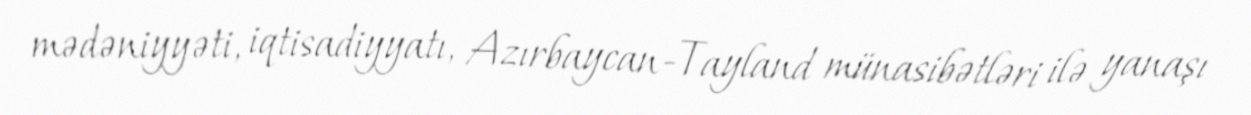
mədəniyyəti, iqtisadiyyatı, Azırbaycan-Tayland münasibətləri ilə yanaşı